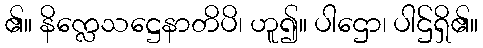
၏။ နိက္လေသဋ္ဌေနာတိပိ၊ ဟူ၍။ ပါဌော၊ ပါဌ်ရှိ၏။